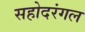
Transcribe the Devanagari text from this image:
सहोदरंगल